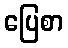
ပြေစာ